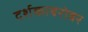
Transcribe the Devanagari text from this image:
दर्शकाबरोबर